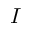
I